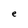
Character: e